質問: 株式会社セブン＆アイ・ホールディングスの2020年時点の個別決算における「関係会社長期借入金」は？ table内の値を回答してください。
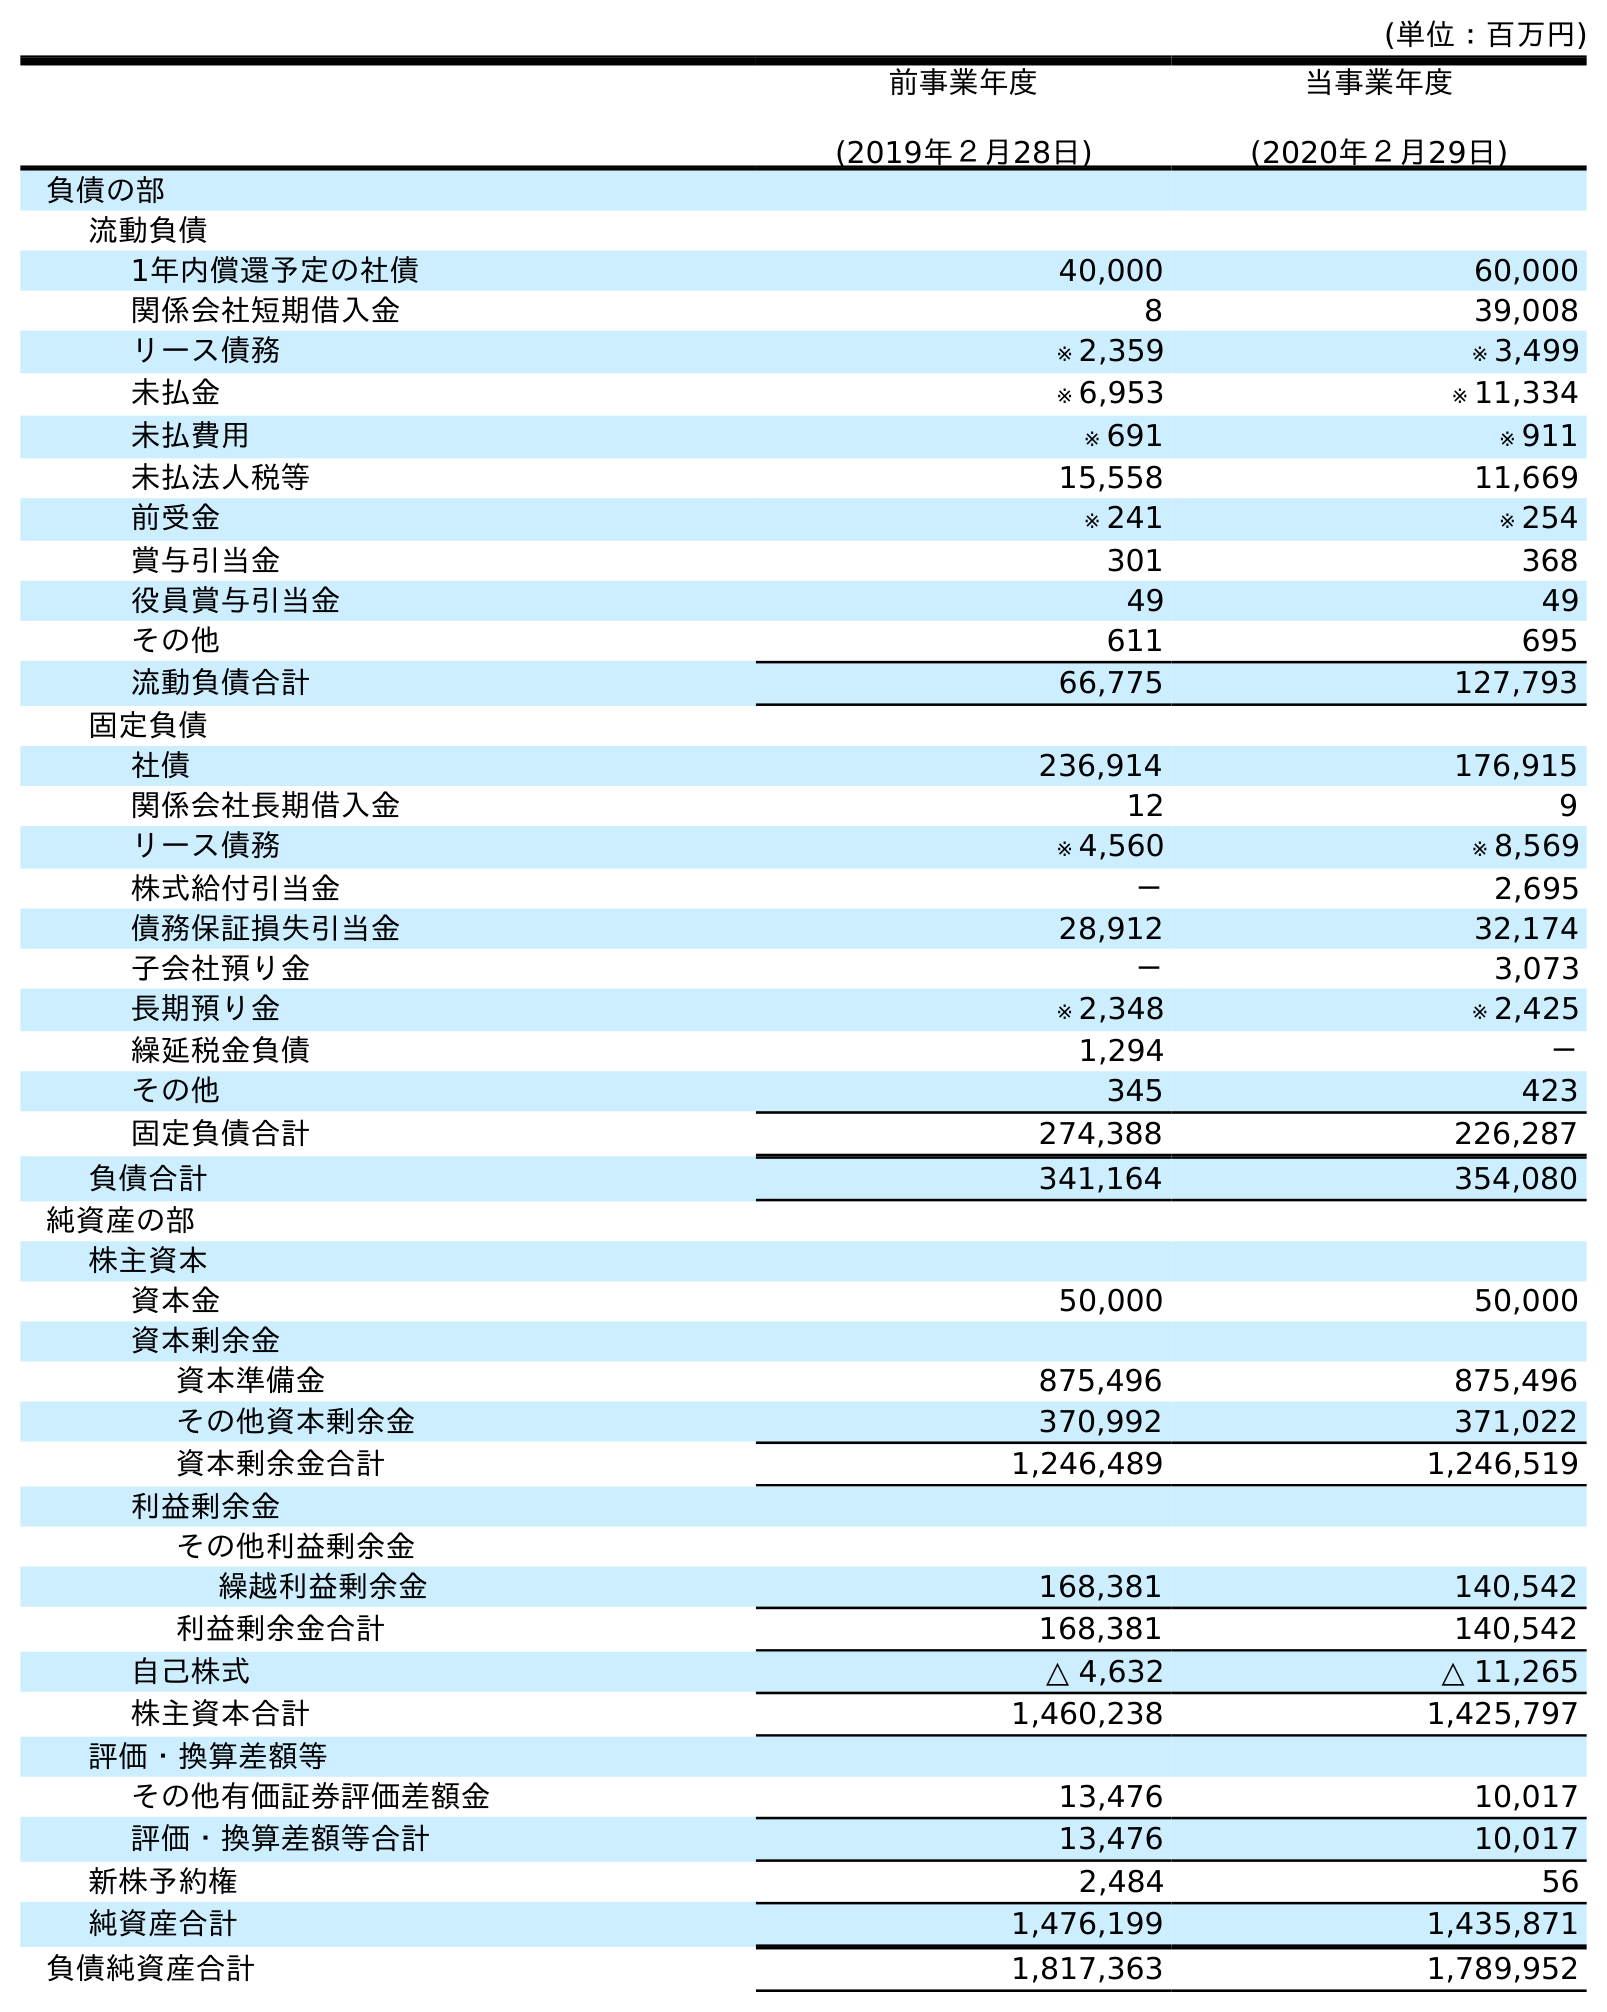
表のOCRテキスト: (単位：百万円) 前事業年度 (2019年２月28日) 当事業年度 (2020年２月29日) 負債の部 流動負債 1年内償還予定の社債 40,000 60,000 関係会社短期借入金 8 39,008 リース債務 ※ 2,359 ※ 3,499 未払金 ※ 6,953 ※ 11,334 未払費用 ※ 691 ※ 911 未払法人税等 15,558 11,669 前受金 ※ 241 ※ 254 賞与引当金 301 368 役員賞与引当金 49 49 その他 611 695 流動負債合計 66,775 127,793 固定負債 社債 236,914 176,915 関係会社長期借入金 12 9 リース債務 ※ 4,560 ※ 8,569 株式給付引当金 － 2,695 債務保証損失引当金 28,912 32,174 子会社預り金 － 3,073 長期預り金 ※ 2,348 ※ 2,425 繰延税金負債 1,294 － その他 345 423 固定負債合計 274,388 226,287 負債合計 341,164 354,080 純資産の部 株主資本 資本金 50,000 50,000 資本剰余金 資本準備金 875,496 875,496 その他資本剰余金 370,992 371,022 資本剰余金合計 1,246,489 1,246,519 利益剰余金 その他利益剰余金 繰越利益剰余金 168,381 140,542 利益剰余金合計 168,381 140,542 自己株式 △ 4,632 △ 11,265 株主資本合計 1,460,238 1,425,797 評価・換算差額等 その他有価証券評価差額金 13,476 10,017 評価・換算差額等合計 13,476 10,017 新株予約権 2,484 56 純資産合計 1,476,199 1,435,871 負債純資産合計 1,817,363 1,789,952
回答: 9